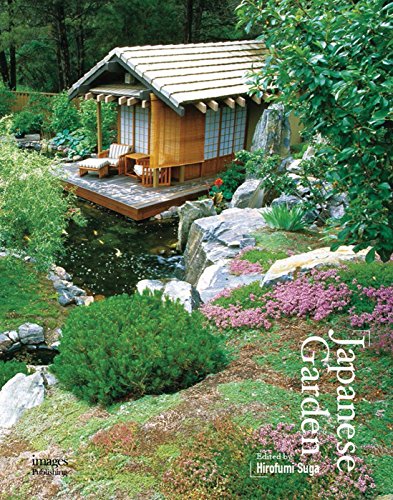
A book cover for Japanese Garden; Crafts, Hobbies & Home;